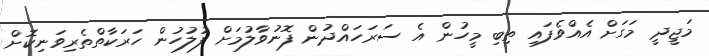
މަޖީދީ މަގަށް އެއްވެފައި ތިބި މީހުން އެ ސަރަހައްދުން ފޮނުވާލުމަށް ފުލުހުން ހަރަކާތްތެރިވަނިކޮށް